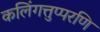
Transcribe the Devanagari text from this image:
कलिंगत्तुप्परणि